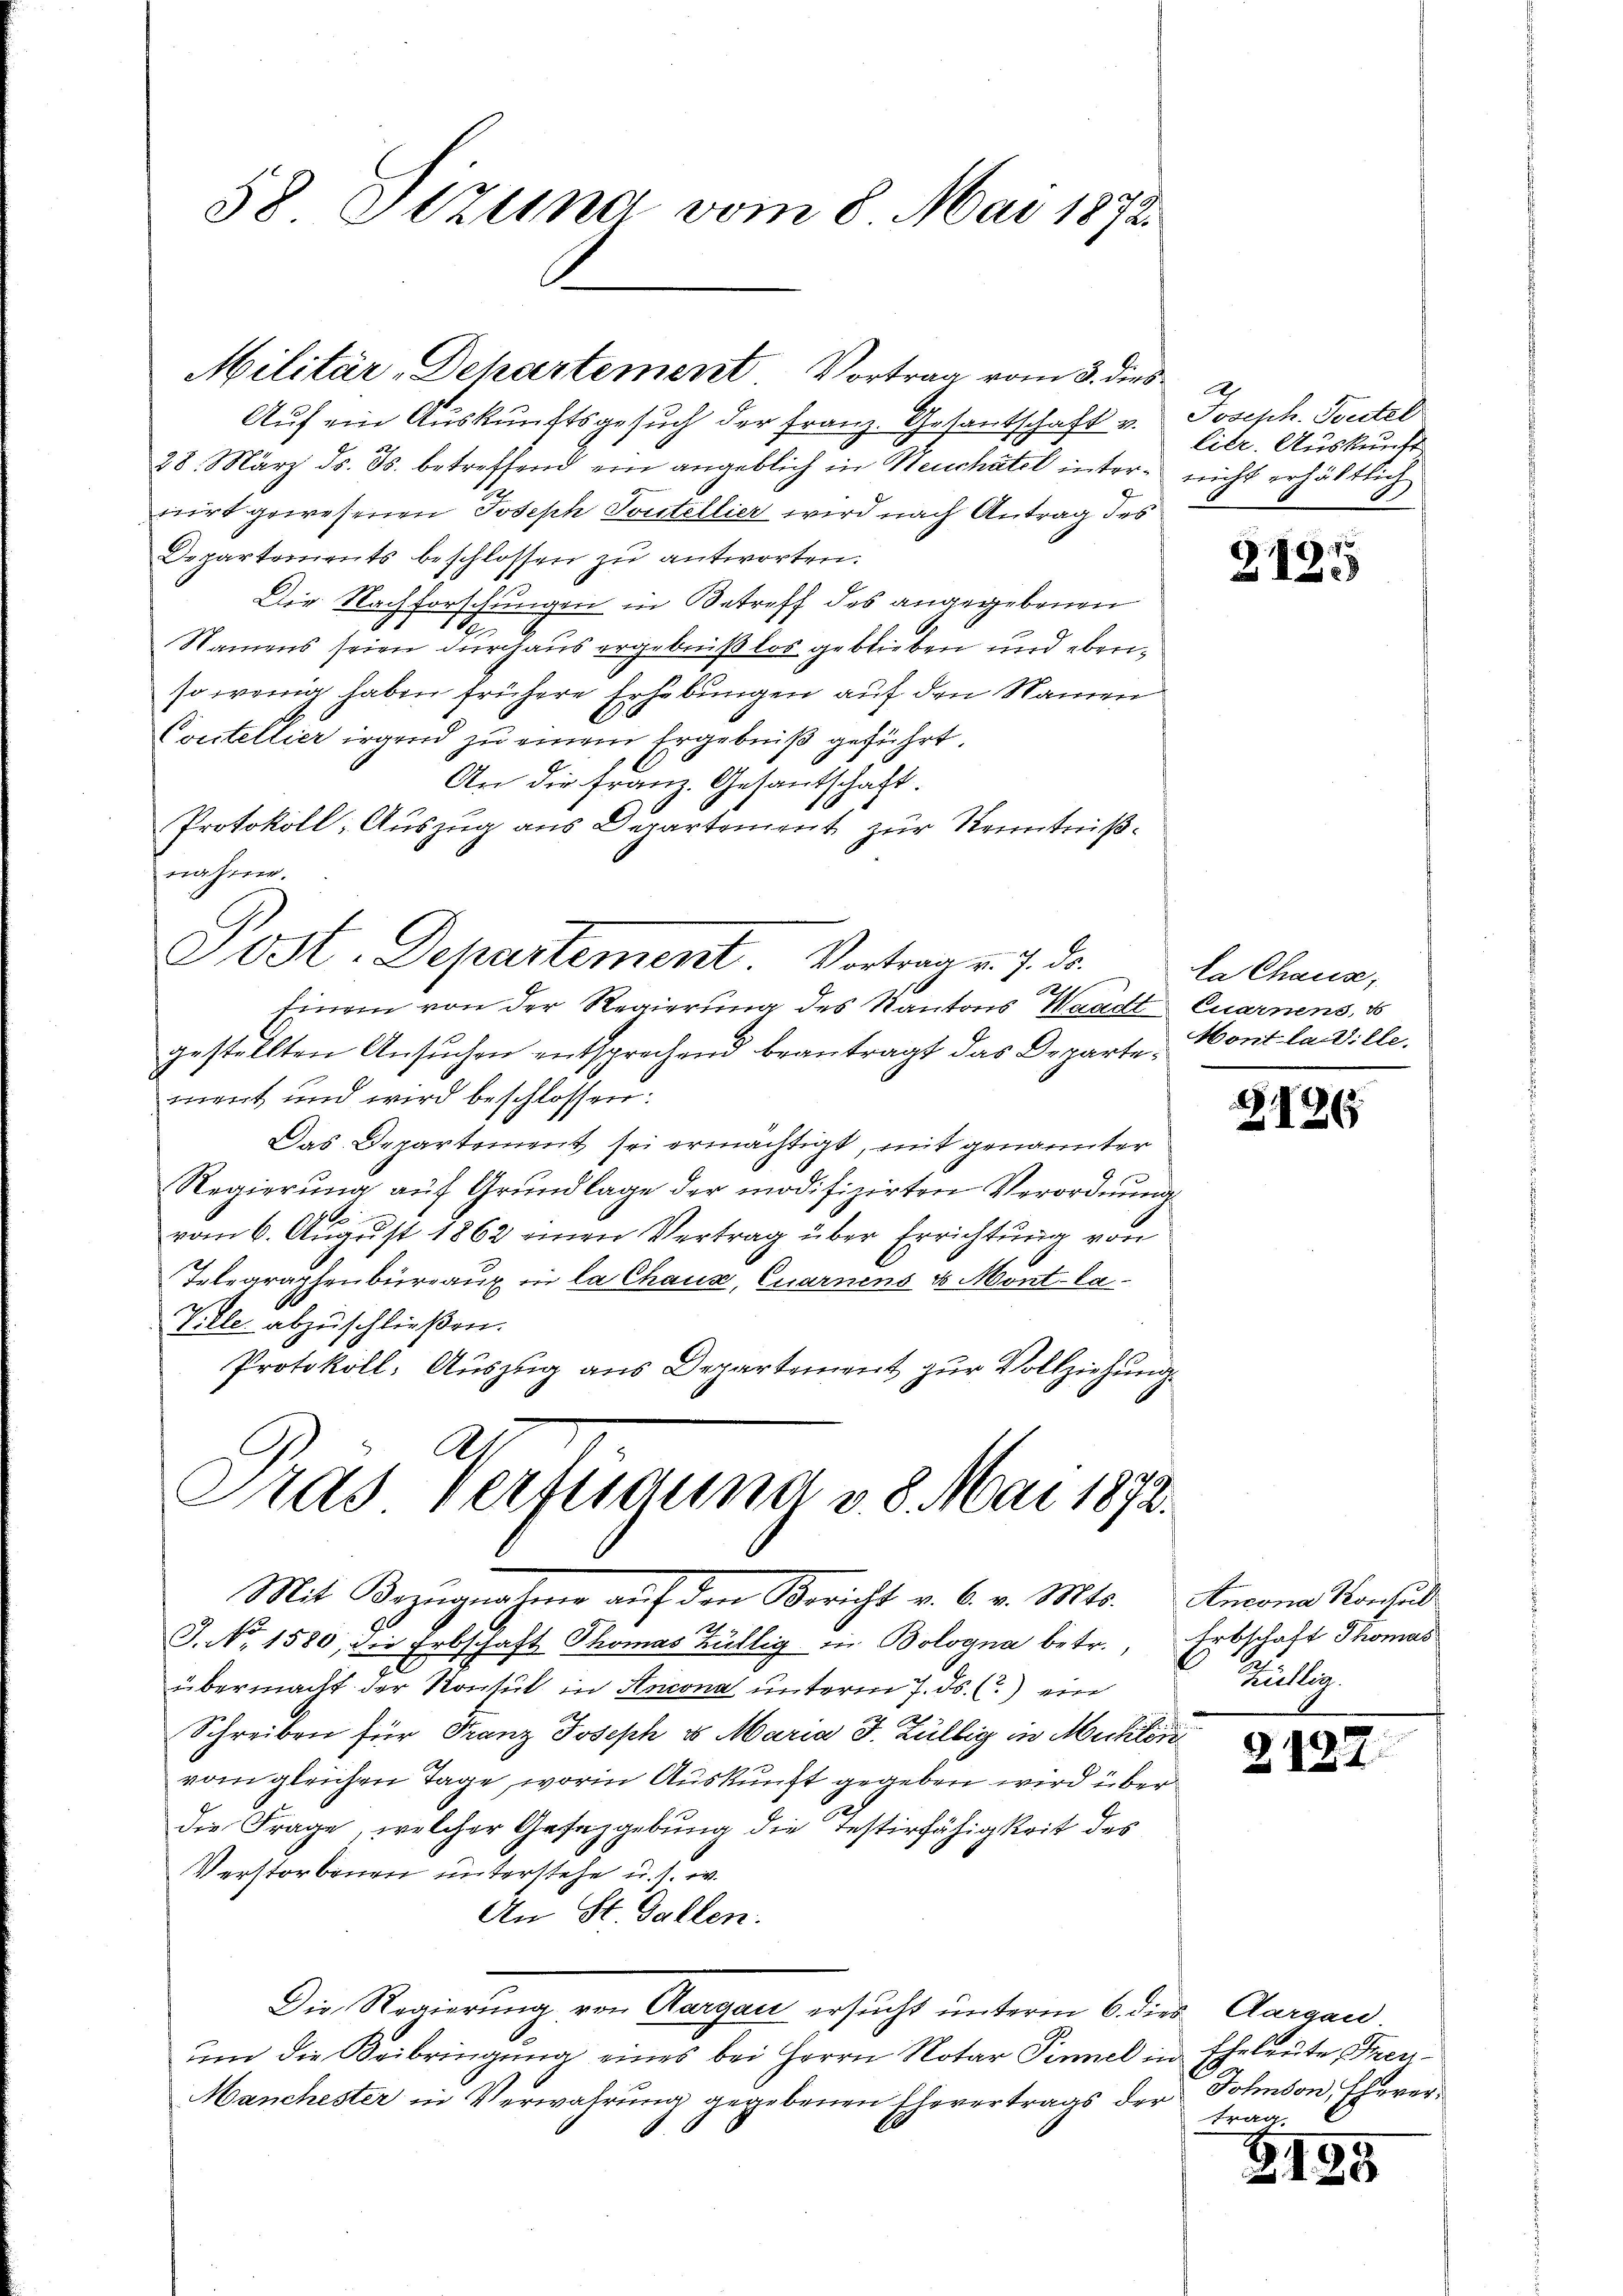
58 Tizuna vom 8. Mai 1872.

Militär-Dehartement Vortrag vom 3. dies

Aŭf ein Auskunftsgesŭch der Franz. Gesantschaft v. Joseph. Toutel
28. März d. Js. betreffend ein angeblich in Neuchâtel inter- nicht erhältlich
nirt gewesenen Joseph Toutellier wird nach Antrag des
Departements beschlossen zu antworten.
Die Nachforschungen in Betreff des angegebenen
d
Namens seien durchaus ergebniß los geblieben und ebenso wenig haben frühere Erhebungen auf den Namen
Cocstellier irgend zu einem Ergebniß geführt.
An die Franz. Gesantschaft.
Protokoll: Auszug aus Departement zur Kenntnißnahm.
A
Einein von der Regierung des Kantons Waadt Quarnens, d
gestellten Ansuchen entsprechend beantragt das Departement und wird beschlossen:
Das Departement sei ermächtigt, mit genannter
Regierŭng aŭf Grŭndlage der modifizirten Verordnŭng
16.
vom 6. August 1862 einen Vertrag über Errichtung von
Telegraphenbüreaux in la Chaux, Quarnens 4 Mont-Ca¬
Ville abzuschließen.
Protokoll- Auszug aus Departement zur Vollziehung
Gras Verfügung v. 8. Mai 1872.
Mit Bezugnahme auf den Bericht v. 6. v. Mts. Ancona Konsul
r
J. No. 1580, die Erbschaft Thomas Büllig in Bologna betr., Erbschaft Thomas
übermacht der Konsul in Ancona unterm 7. ds. (2.) ein
Schreiben für Franz Joseph u Maria J. Züllig in Mühleri
vom gleichen Tage, worin Auskunft gegeben wird über
d
die Frage, welcher Gesezgebung die Testirfähigkeit des
Verstorbenen unterstehe u. s. w.
An St. Gallen.
Die Regierung von Aargau ersucht unterm 6. die Aargau
ŭm die Beibringŭng eines bei Herrn Notar Finnel in Eheleute Fren-
Manchester in Verwahrung gegebenen Ehevertrags der Sohnson, Ehever¬

Sost-Departement. Vortrag v. 7. ds.

litr. Auskunft

.
150

la Chause,
Mont laille.

2186

Kullia.

2127

trag.

2125